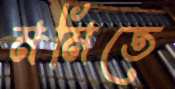
মমিতে